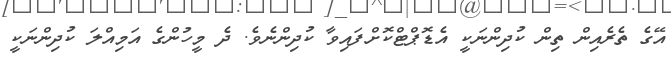
އޭގެ ތެރެއިން ތިން ކުދިންނަކީ އެޑޮޕްޓްކޮށްފައިވާ ކުދިންނެވެ. ދެ މީހުންގެ އަމިއްލަ ކުދިންނަކީ